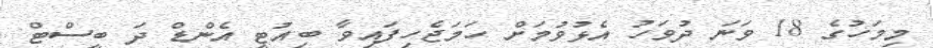
މިމަހުގެ 18 ވަނަ ދުވަހު އެޅުވުމަށް ހަމަޖެހިފައިވާ ބިއުޓީ އެންޑް ދަ ބީސްޓް